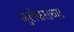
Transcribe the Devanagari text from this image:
भुलेश्वराच्या